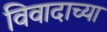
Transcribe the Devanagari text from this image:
विवादाच्या